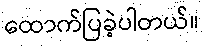
ထောက်ပြခဲ့ပါတယ်။